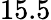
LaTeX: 15.5